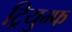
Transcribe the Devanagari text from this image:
ट्रियुम्फ